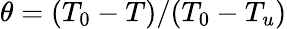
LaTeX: \theta=(T_{0}-T)/(T_{0}-T_{u})